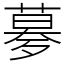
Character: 㱳